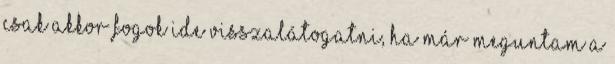
csak akkor fogok ide visszalátogatni, ha már meguntam a